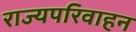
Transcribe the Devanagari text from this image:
राज्यपरिवाहन